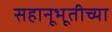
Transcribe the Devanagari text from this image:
सहानूभूतीच्या